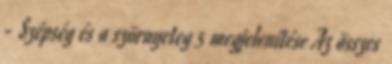
- Szépség és a szörnyeteg 5 megjelenítése Az összes